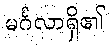
မင်္ဂလာရှိ၏